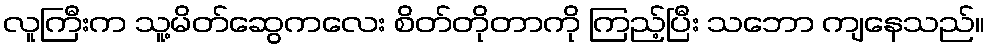
လူကြီးက သူ့မိတ်ဆွေကလေး စိတ်တိုတာကို ကြည့်ပြီး သဘော ကျနေသည်။